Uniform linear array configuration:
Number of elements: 24
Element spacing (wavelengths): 1
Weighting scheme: hann
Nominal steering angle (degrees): -60
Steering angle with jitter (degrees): -60.472
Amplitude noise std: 0.05
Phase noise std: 0.05

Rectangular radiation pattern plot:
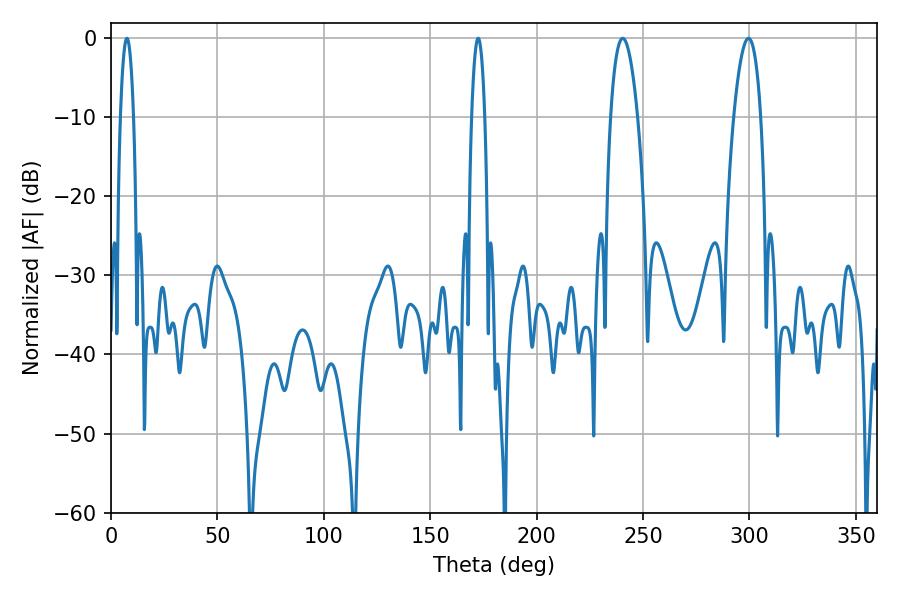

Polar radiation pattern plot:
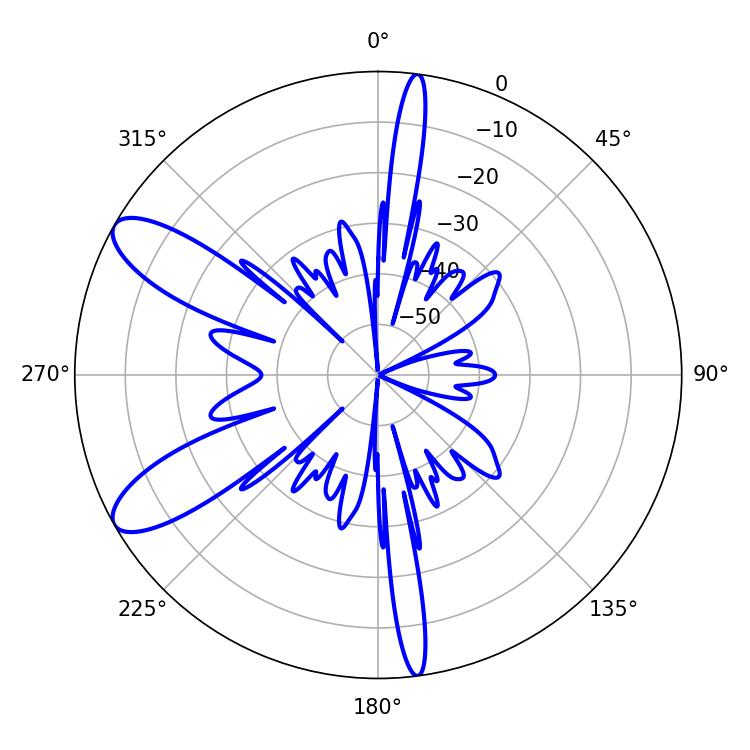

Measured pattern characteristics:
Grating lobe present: TRUE
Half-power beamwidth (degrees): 7.2
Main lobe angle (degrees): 240.48